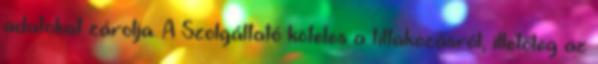
adatokat zárolja. A Szolgáltató köteles a tiltakozásról, illetőleg az